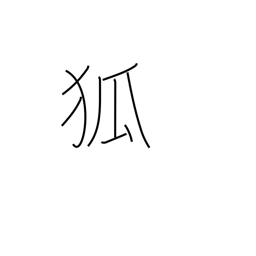
Meaning: fox